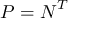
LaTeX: { \boldsymbol { P } } = { \boldsymbol { N } } ^ { T }